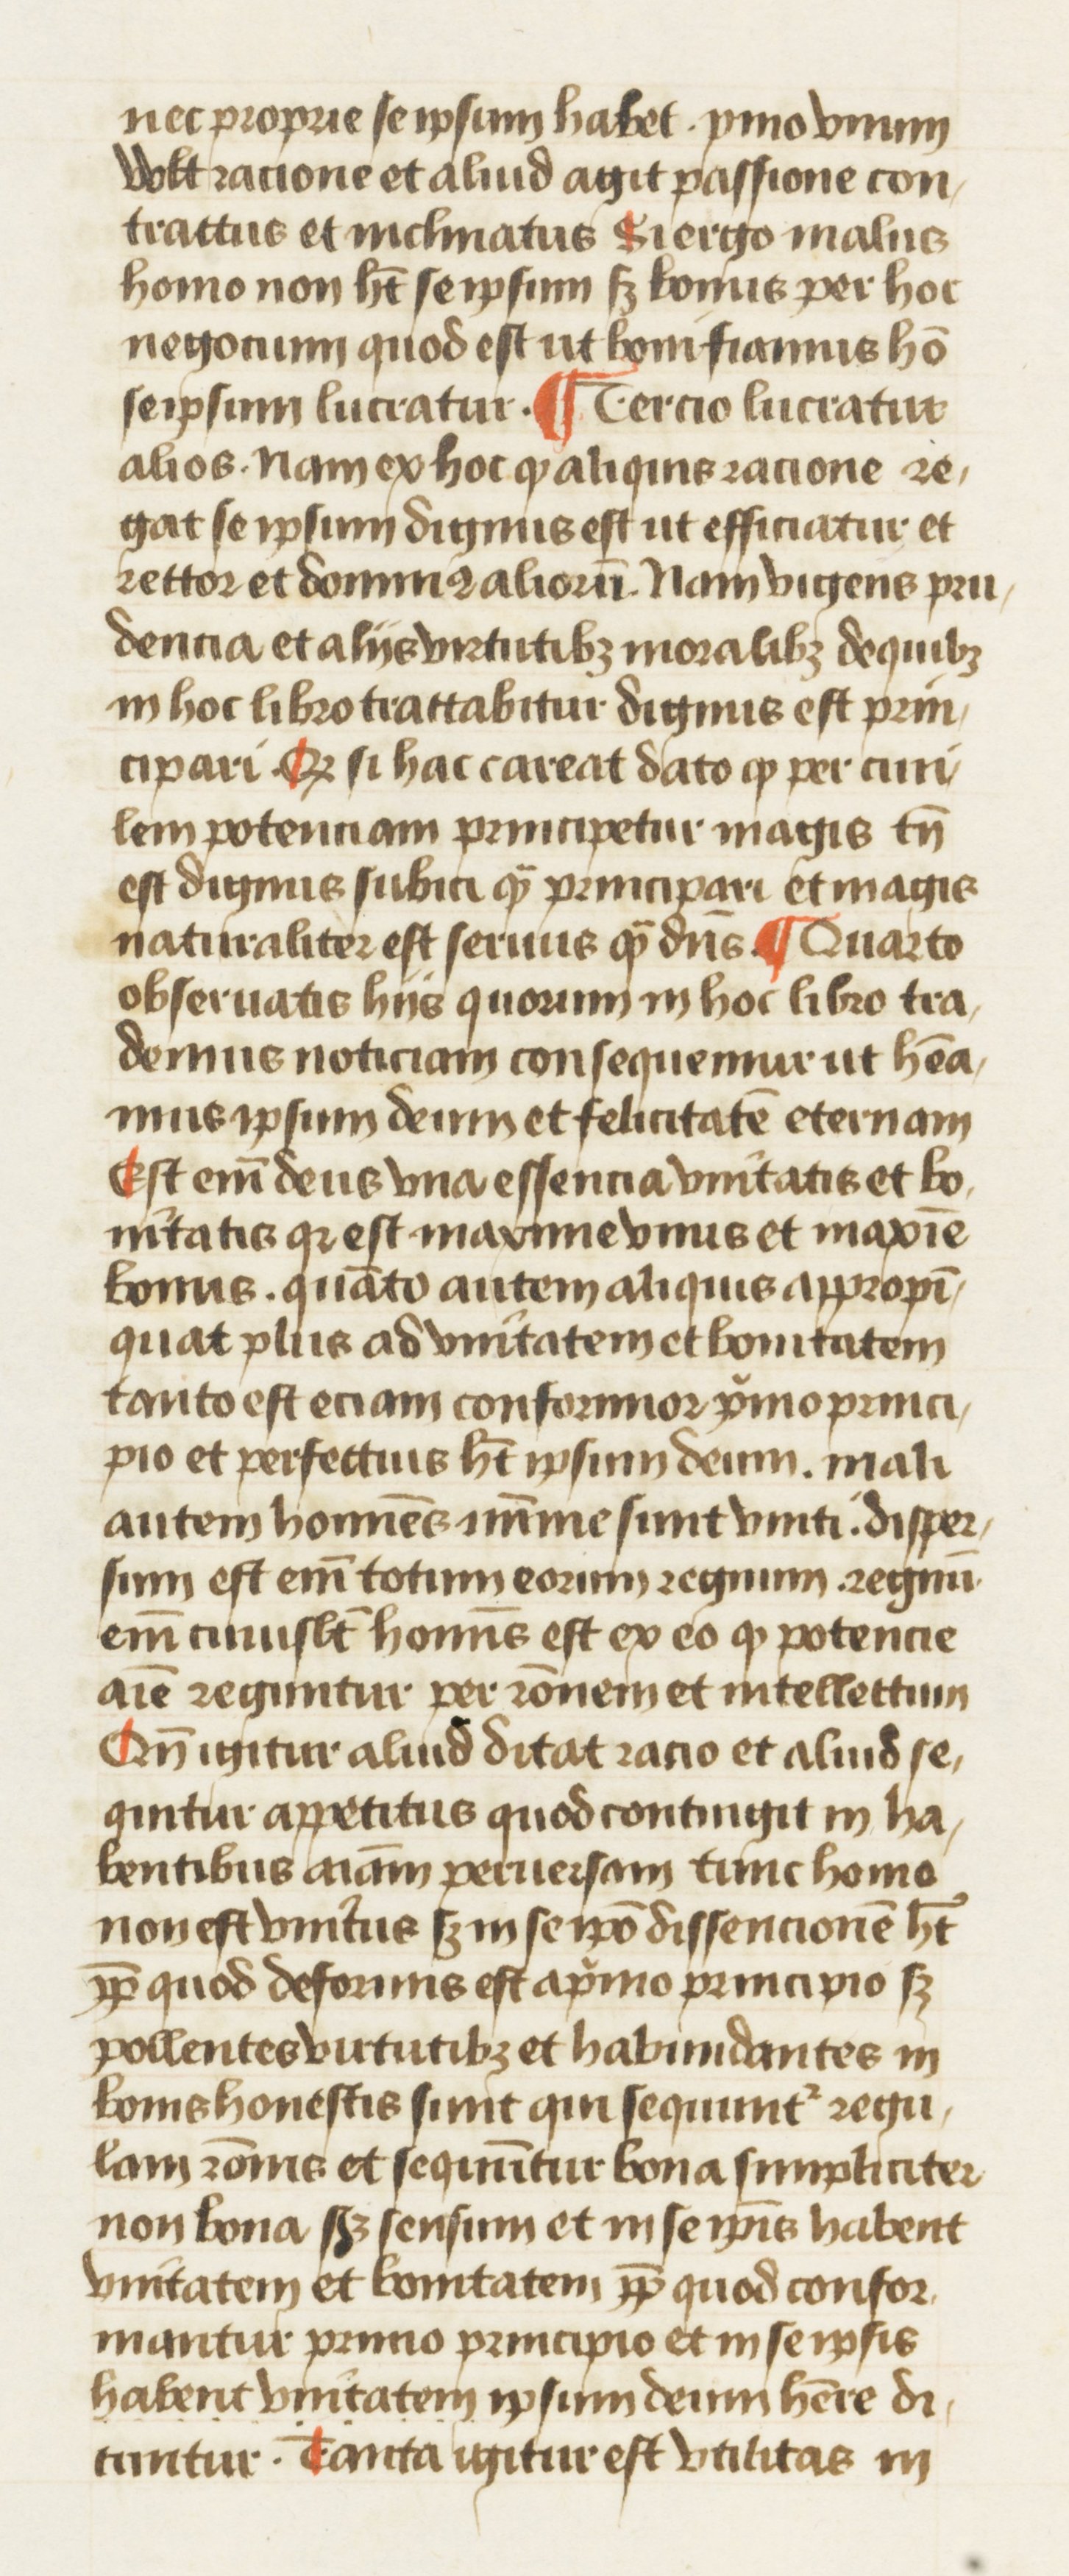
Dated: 1445–1495